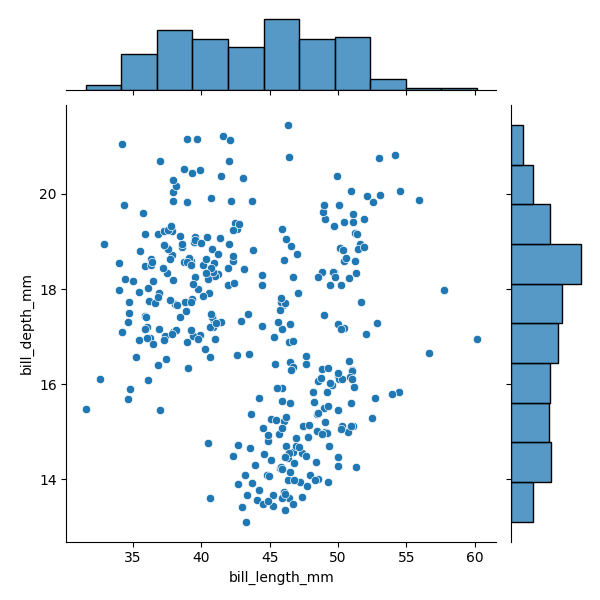
python, seaborn, JointGrid, scatterplot, histplot